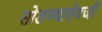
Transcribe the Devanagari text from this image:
सोडण्याऐवजी